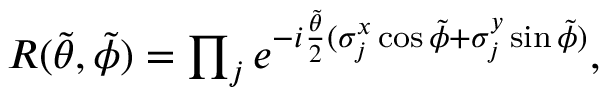
\begin{array} { r } { R ( \tilde { \theta } , \tilde { \phi } ) = \prod _ { j } e ^ { - i \frac { \tilde { \theta } } { 2 } ( \sigma _ { j } ^ { x } \cos \tilde { \phi } + \sigma _ { j } ^ { y } \sin \tilde { \phi } ) } , } \end{array}